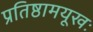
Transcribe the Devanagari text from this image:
प्रतिष्ठामयूखः